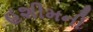
હશીમની